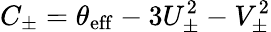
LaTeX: C_{\pm}=\theta_{\mathrm{eff}}-3U_{\pm}^{2}-V_{\pm}^{2}